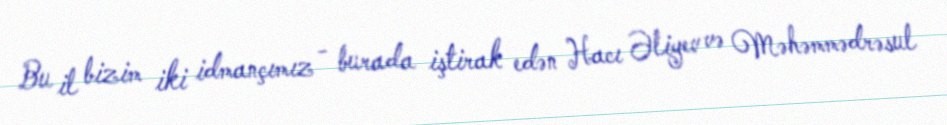
Bu il bizim iki idmançımız - burada iştirak edən Hacı Əliyev və Məhəmmədrəsul